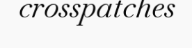
crosspatches